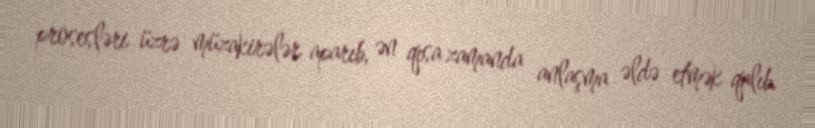
prosesləri üzrə müzakirələr aparıb, ən qısa zamanda anlaşma əldə etmək qalıb.